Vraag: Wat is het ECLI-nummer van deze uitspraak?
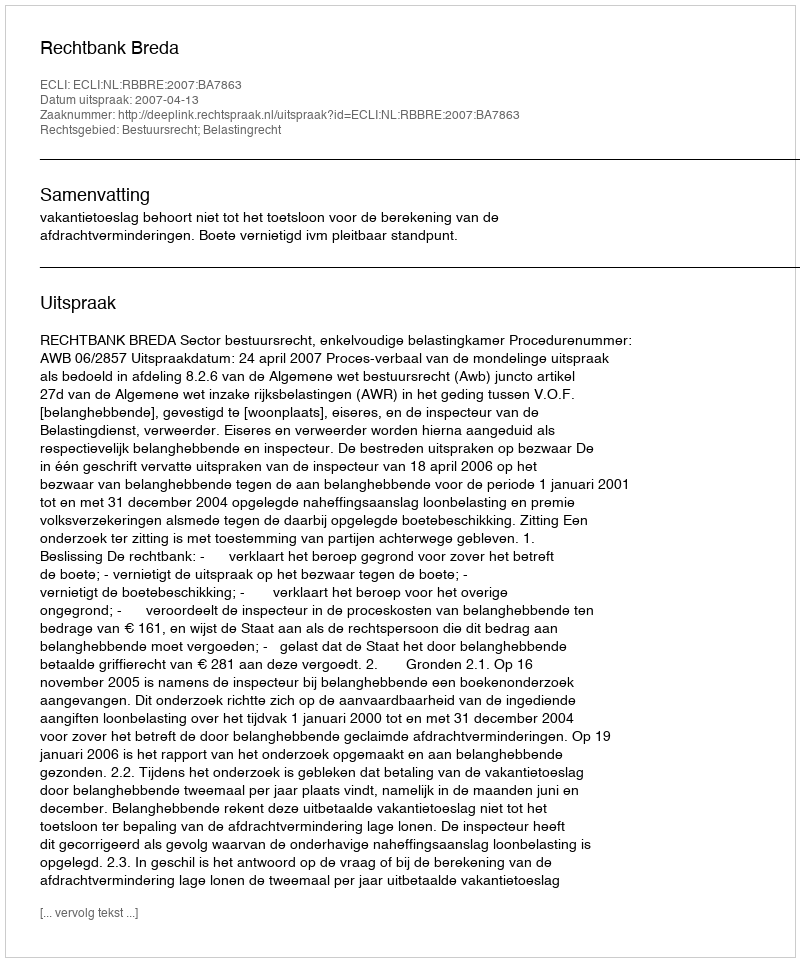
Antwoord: ECLI:NL:RBBRE:2007:BA7863